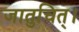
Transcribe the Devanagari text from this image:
जातुचित्।